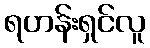
ရဟန်းရှင်လူ